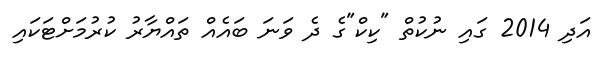
އަދި 2014 ގައި ނުކުތް "ކިކް"ގެ ދެ ވަނަ ބައެއް ތައްޔާރު ކުރުމަށްޓަކައި